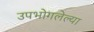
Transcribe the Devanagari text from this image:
उपभोगलेल्या